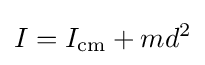
I=I_{\mathrm {cm} }+md^{2}